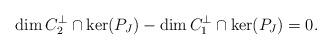
LaTeX: \begin{align*}\dim C_2^\perp \cap \ker(P_J) - \dim C_1^\perp \cap \ker(P_J) = 0. \end{align*}